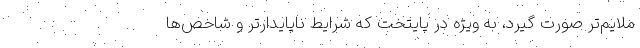
ملایم‌تر صورت گیرد، به ویژه در پایتخت که شرایط ناپایدارتر و شاخص‌ها